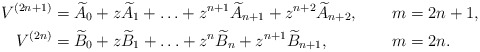
\begin{align*} V^{(2n+1)} &= \widetilde A_0+ z\widetilde A_1+\ldots+ z^{n+1}\widetilde A_{n+1}+z^{n+2}\widetilde A_{n+2}, &&\ m=2n+1, \\ V^{(2n)} &= \widetilde B_0+ z\widetilde B_1+\ldots+ z^{n}\widetilde B_{n}+z^{n+1}\widetilde B_{n+1}, &&\ m=2n.\end{align*}